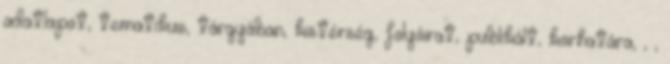
adatlapot, tematikus, tárgyában, kistérség, folyóirat, publikált, korhatára, , ,